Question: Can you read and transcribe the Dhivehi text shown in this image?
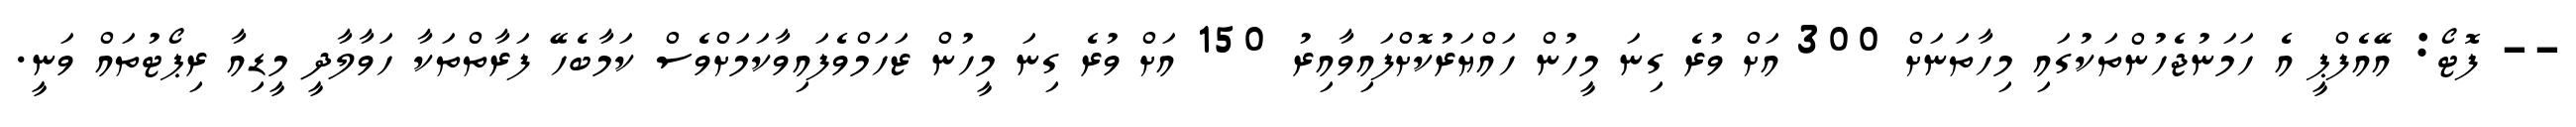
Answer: -- ފޮޓޯ: އޭއެފްޕީ އެ ހަމަނުޖެހުންތަކުގައި މިހާތަނަށް 300 އަށް ވުރެ ގިނަ މީހުން ހައްޔަރުކޮށްފައިވާއިރު 150 އަށް ވުރެ ގިނަ މީހުން ޒަހަމްވެފައިވާކަމަށްވެސް ކަމާބެހޭ ފަރާތްތަކާ ހަވާލާދީ މީޑިއާ ރިޕޯޓުތައް ވަނީ.